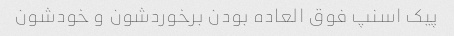
پیک اسنپ فوق العاده بودن برخوردشون و خودشون